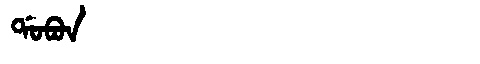
Manchu: ᡩᠣᠪᠣᠨ
Romanization: DOBON